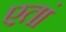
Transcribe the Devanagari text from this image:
एतां